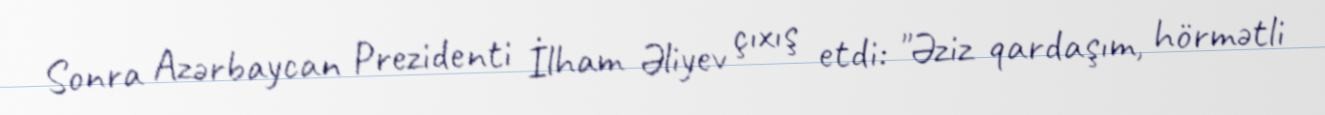
Sonra Azərbaycan Prezidenti İlham Əliyev çıxış etdi: "Əziz qardaşım, hörmətli